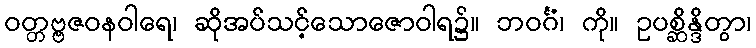
ဝတ္တဗ္ဗဇဝနဝါရေ၊ ဆိုအပ်သင့်သောဇောဝါရ၌။ ဘဝင်္ဂံ၊ ကို။ ဥပစ္ဆိန္ဒိတွာ၊